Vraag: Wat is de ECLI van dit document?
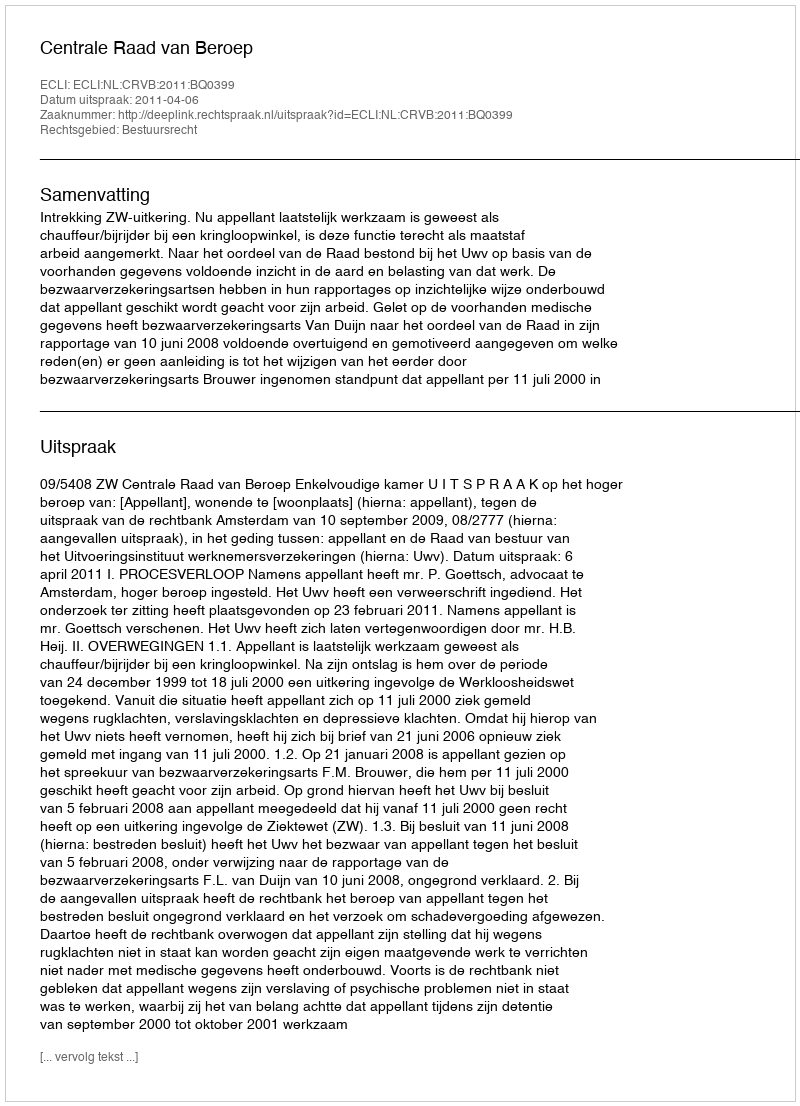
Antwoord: ECLI:NL:CRVB:2011:BQ0399